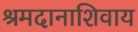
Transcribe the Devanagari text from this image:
श्रमदानाशिवाय